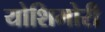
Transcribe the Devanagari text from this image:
योशिमोरी